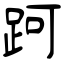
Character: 跒